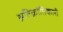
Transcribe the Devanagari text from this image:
अतिक्रांतिकारी